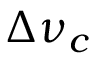
\Delta \nu _ { c }